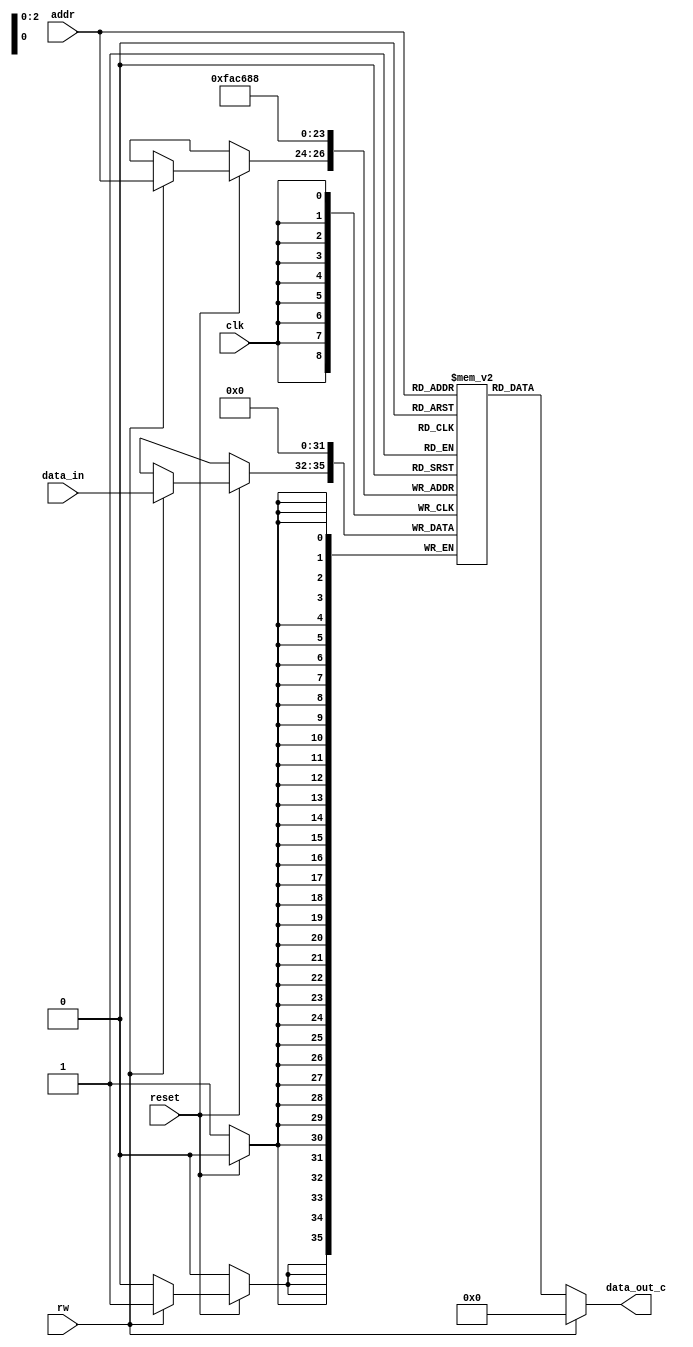

`ifndef RAM_C   //-- Para no tener problemas con los include, si el
 `define RAM_C  //   modulo RAM_c ya estaba definido ignora el codigo


module RAM_c #(
    parameter AW = 3,   //-- Cantidad de bits de direcciones (Adress width)
    parameter DW = 4)   //-- Cantidad de bits de datos (Data width) 
    (   
    input clk,                          //-- Reloj
    input reset,                        //-- Reset
    input [AW-1: 0] addr,               //-- Direccion de la RAM
    input rw,                           //-- 0 read, 1 write
    input [DW-1: 0] data_in,            //-- Dato entrada de la RAM 
    output [DW-1: 0] data_out_c     //-- Dato salida de RAM
    );         

    localparam cantidad_datos = 2 ** AW;

    reg [DW-1:0] ram_memory [0: cantidad_datos-1];  //-- Numero de datos (cantidad_datos) de DW bits
                                                    //-- ejm: si AW = 4 y DW = 5 se tiene que hay 
                                                    //-- 2^4 datos de 5 bits cada uno.
  
    integer i;
    always @(posedge clk) begin
        if (reset == 0) begin           //-- Inicializando en 0 la RAM
            for (i = 0;i < cantidad_datos;i = i + 1) begin
                ram_memory[i] <= 'b0;   
            end
        end
        if (reset == 1) begin           
            if (rw == 1) begin          //-- Write ram data
                ram_memory[addr] <= data_in;    //-- La entrada se guarda en la RAM en la posicion addr         
            end
        end
    end

    assign data_out_c = (rw == 0)? ram_memory[addr]: 0; //-- La salida es lo que tenga la RAM guardada en la posicion addr
                                                        //   cuando se solicita una lectura rw == 0
endmodule


`endif